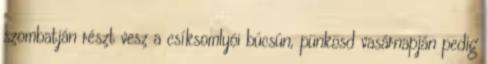
szombatján részt vesz a csíksomlyói búcsún, pünkösd vasárnapján pedig